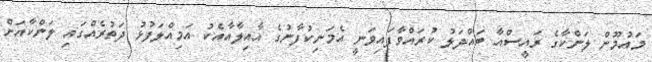
މައުމޫން ލަންކާގެ ރައީސްއާ ބައްދަލު ކުރައްވާފައިވަނީ އެމަނިކުފާނުގެ އާއިލާއާއެކު އަމިއްލަފުޅު ދަތުރެއްގައި ލަންކާއަށް